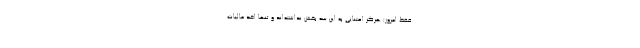
فقط امروز) هرگز اعتنایی به این سه بخش نداشته‌اند و تنها اخذ مالیات